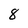
Character: 8